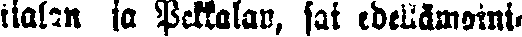
tialan ja Pekkalan, sai edellämaini-